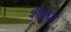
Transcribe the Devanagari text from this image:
शैफर्ड